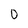
Character: 0